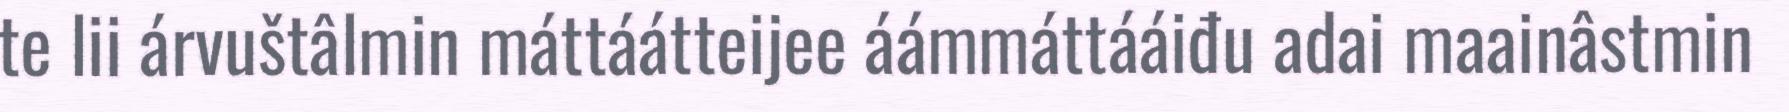
te lii árvuštâlmin máttáátteijee áámmáttááiđu adai maainâstmin